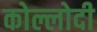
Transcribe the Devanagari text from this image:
कोल्लोदी